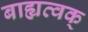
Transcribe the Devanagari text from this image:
बाह्यत्वक्